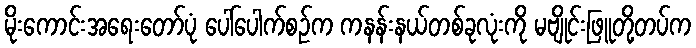
မိုးကောင်းအရေးတော်ပုံ ပေါ်ပေါက်စဉ်က ကနန်းနယ်တစ်ခုလုံးကို မဗျိုင်းဖြူတို့တပ်က